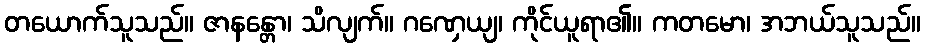
တယောက်သူသည်။ ဇာနန္တော၊ သိလျက်။ ဂဏှေယျ၊ ကိုင်ယူရာ၏။ ကတမော၊ အဘယ်သူသည်။